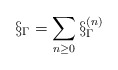
\begin{align*}\S_\Gamma = \sum_{n\ge 0} \S_\Gamma^{(n)}\end{align*}